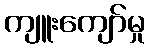
ကျူးကျော်မှု